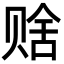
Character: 𬥹